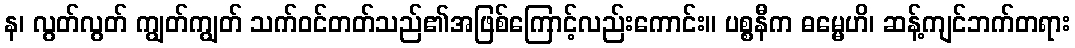
န၊ လွတ်လွတ် ကျွတ်ကျွတ် သက်ဝင်တတ်သည်၏အဖြစ်ကြောင့်လည်းကောင်း။ ပစ္စနီက ဓမ္မေဟိ၊ ဆန့်ကျင်ဘက်တရား